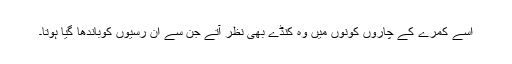
اسے کمرے کے چاروں کونوں میں وہ کنڈے بھی نظر آتے جن سے ان رسیوں کوباندھا گیا ہوتا۔